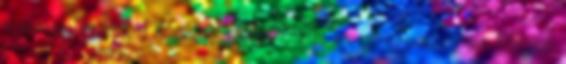
hiába igyekszik a kormány modernizálni az országot, mégis lesújtó